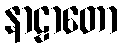
နာဠာတော